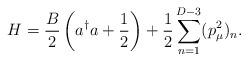
LaTeX: \begin{align*}H=\frac{B}{2}\left( a^\dag a +\frac{1}{2}\right) +\frac{1}2\sum_{n=1}^{D-3}(p_\mu^2)_n. \end{align*}